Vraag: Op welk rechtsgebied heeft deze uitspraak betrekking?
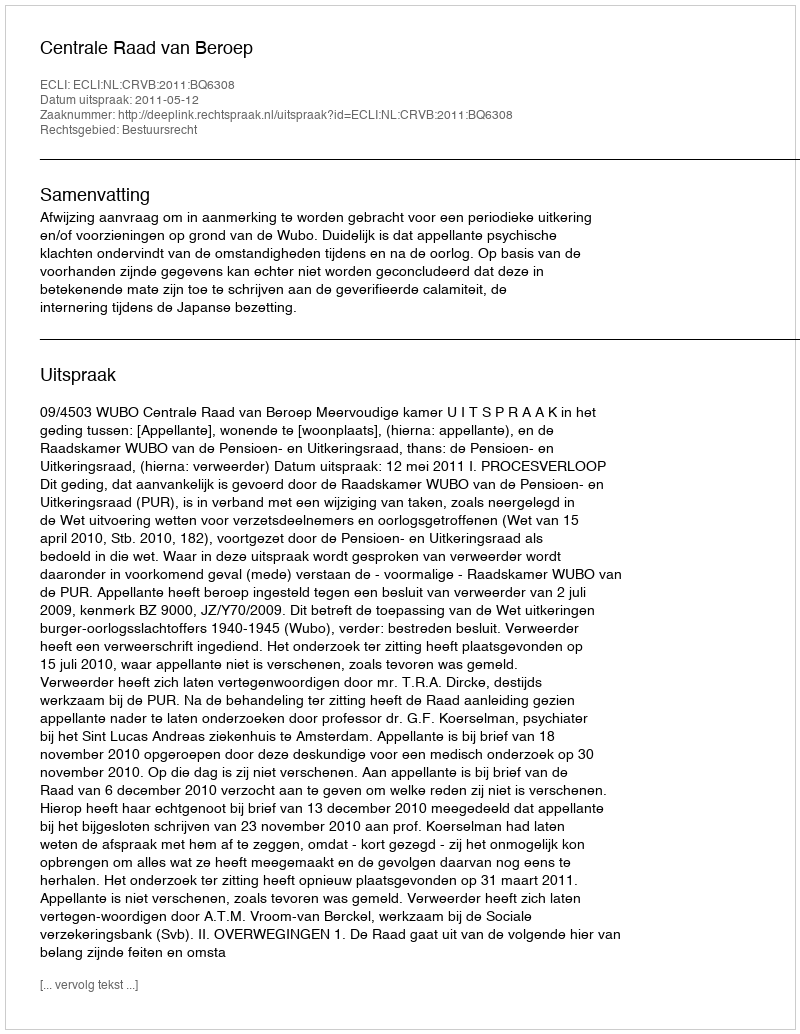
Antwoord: Bestuursrecht